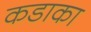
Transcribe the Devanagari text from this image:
कडाका